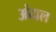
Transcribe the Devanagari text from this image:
अंदाल